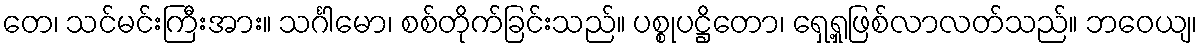
တေ၊ သင်မင်းကြီးအား။ သင်္ဂါမော၊ စစ်တိုက်ခြင်းသည်။ ပစ္စုပဋ္ဌိတော၊ ရှေ့ရှုဖြစ်လာလတ်သည်။ ဘဝေယျ၊